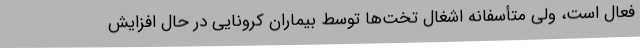
فعال است، ولی متأسفانه اشغال تخت‌ها توسط بیماران کرونایی در حال افزایش